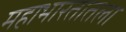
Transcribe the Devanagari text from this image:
महाभारतातला